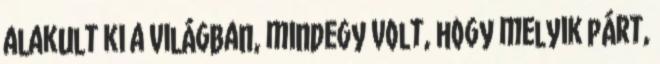
alakult ki a világban, mindegy volt, hogy melyik párt,